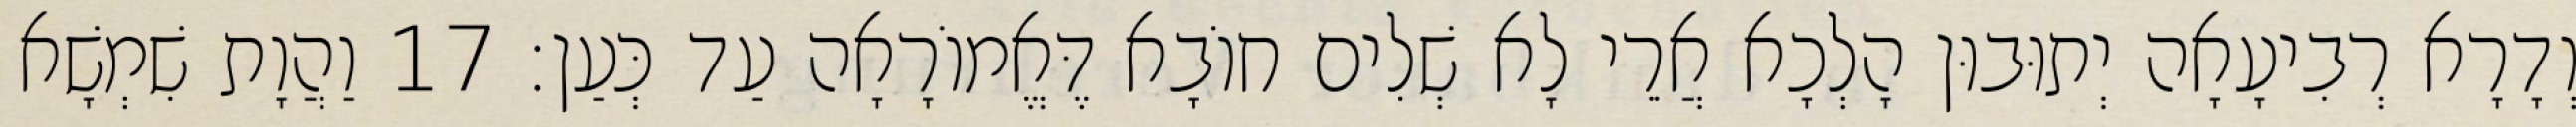
וְדָרָא רְבִיעָאָה יְתוּבוּן הָלְכָא אֲרֵי לָא שְׁלִים חוֹבָא דֶּאֱמוֹרָאָה עַד כְּעַן׃ 17 וַהֲוָת שִׁמְשָׁא